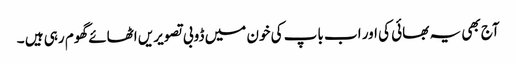
آج بھی یہ بھائی کی اور اب باپ کی خون میں ڈوبی تصویریں اٹھائے گھوم رہی ہیں ۔